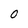
Character: 0